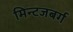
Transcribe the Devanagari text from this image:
मिन्टजबर्ग